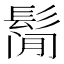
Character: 𱆁